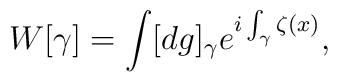
W[\gamma]=\int[dg]_\gamma e^{i\int_\gamma \zeta(x)},